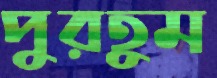
পুরতুম